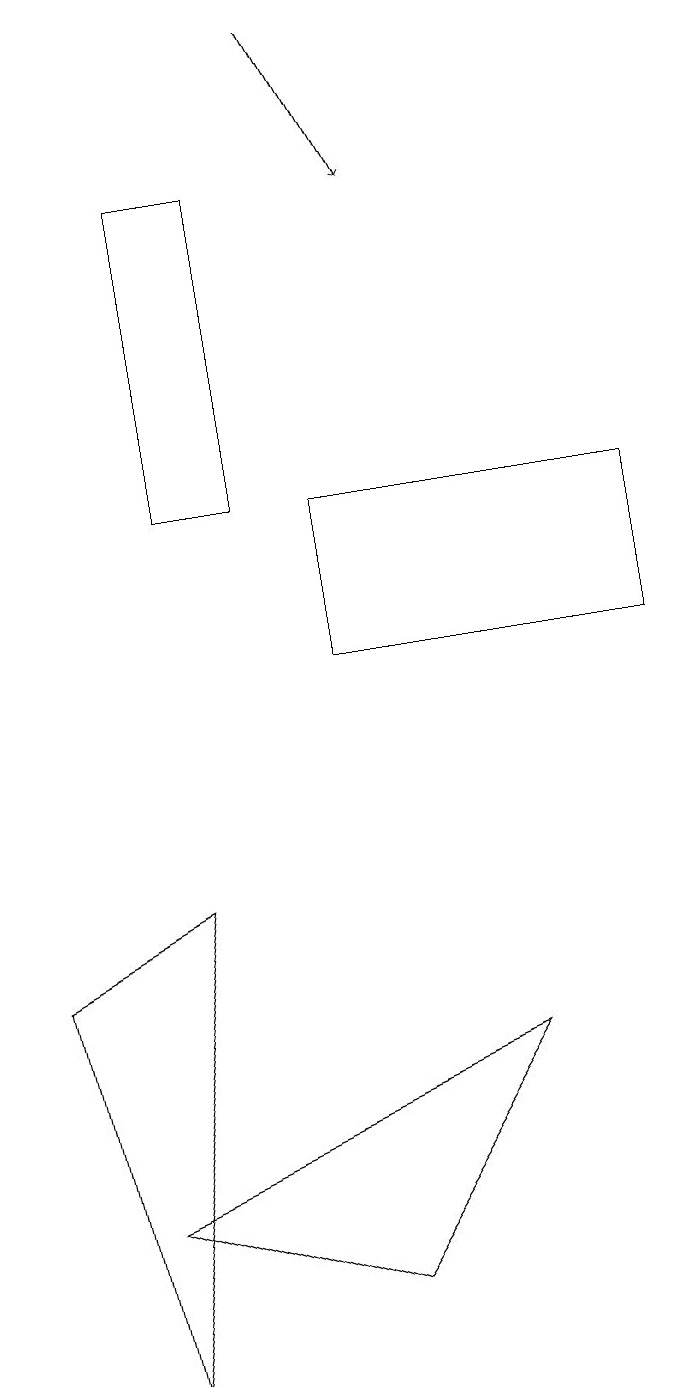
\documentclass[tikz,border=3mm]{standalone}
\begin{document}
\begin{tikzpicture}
\draw (5,2) -- (7,5) -- (2,3) -- cycle;
\draw (3,12) rectangle (4,16);
\draw (5,10) rectangle (9,12);
\draw[->] (5,18) -- (6,16);
\draw (1,6) -- (2,1) -- (3,7) -- cycle;
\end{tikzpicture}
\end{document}